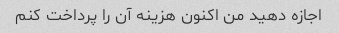
اجازه دهید من اکنون هزینه آن را پرداخت کنم